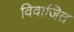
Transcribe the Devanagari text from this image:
विवाजित